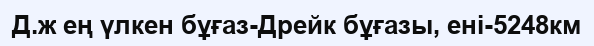
Д.ж ең үлкен бұғаз-Дрейк бұғазы, ені-5248км